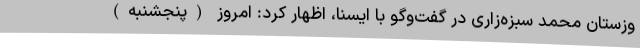
وزستان محمد سبزه‌زاری در گفت‌وگو با ایسنا، اظهار کرد: امروز (پنجشنبه)